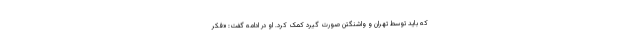
که باید توسط تهران و واشنگتن صورت گیرد کمک کرد. او در ادامه گفت: «فکر